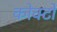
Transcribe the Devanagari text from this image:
कोक्टो